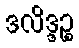
ဒလိဒ္ဒဉ္စ